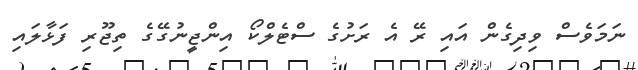
ނަމަވެސް ވިދިގެން އައި ރޭ އެ ރަށުގެ ސްޓެލްކޯ އިންޖީނުގޭގެ ތިޖޫރި ފަޅާލައި